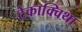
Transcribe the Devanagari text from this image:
टेकाक्विथा